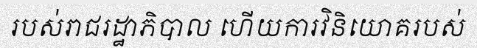
របស់រាជរដ្ឋាភិបាល ហើយការវិនិយោគរបស់